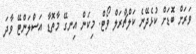
ވަރަށް ބޮޑަށް ކުޅެދޭނެ ކަލްޗްރަލް ވޯޓް. މިކަން އިނގޭ މާތޮޑާ އަސްލަންޓޭ ވާދަ